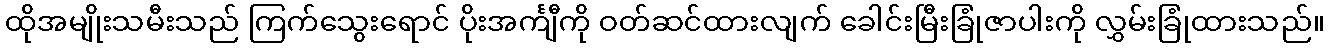
ထိုအမျိုးသမီးသည် ကြက်သွေးရောင် ပိုးအင်္ကျီကို ဝတ်ဆင်ထားလျက် ခေါင်းမြီးခြုံဇာပါးကို လွှမ်းခြုံထားသည်။